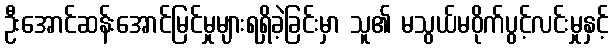
ဦးအောင်ဆန်းအောင်မြင်မှုများရရှိခဲ့ခြင်းမှာ သူ၏ မသွယ်မဝိုက်ပွင့်လင်းမှုနှင့်